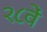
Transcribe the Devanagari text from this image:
२८वें